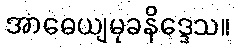
အာဓေယျမုခနိဒ္ဒေသ။